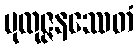
ပုထုဇ္ဇနဿေတံ